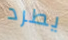
يطرد